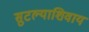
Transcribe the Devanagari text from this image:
सुटल्याशिवाय